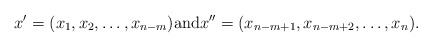
\begin{align*}x' = (x_1, x_2, \dots, x_{n-m}) \textrm{and} x'' = (x_{n-m+1}, x_{n-m+2},\dots, x_n).\end{align*}